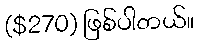
($270) ဖြစ်ပါတယ်။